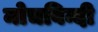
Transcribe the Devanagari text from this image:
मोचबिन्दी